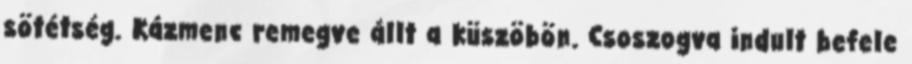
sötétség. Kázmenc remegve állt a küszöbön. Csoszogva indult befele